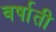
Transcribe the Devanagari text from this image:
वर्षाती